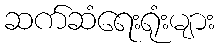
ဆက်ဆံရေးရုံးများ